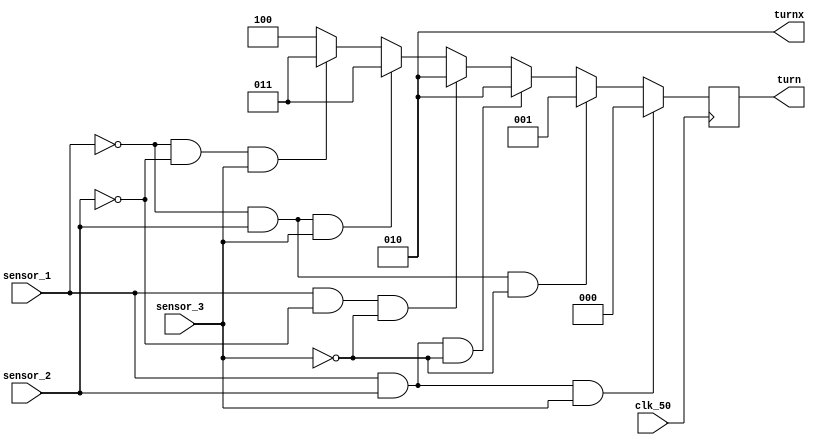
module SB_3320_line_run(
	 input clk_50,
    input sensor_1,
    input sensor_2,
    input sensor_3,
    output [2:0]turn,
	 output [2:0]turnx
);

reg [2:0]turn_out;
reg [2:0]stop		=3'b000;
reg [2:0]forward  =3'b001;
reg [2:0]left		=3'b010;
reg [2:0]right		=3'b011;
reg [2:0]path_out =3'b100;

always@(posedge clk_50)begin

    if(sensor_1 && sensor_2 && sensor_3)
			  turn_out= stop;
	 
    else if(!sensor_1 && sensor_2 && !sensor_3)
			  turn_out= forward;

    else if(sensor_1 && sensor_2 && !sensor_3)
			  turn_out= left;
	
	 else if(sensor_1 && !sensor_2 && !sensor_3)
			  turn_out= left;

    else if(!sensor_1 && sensor_2 && sensor_3)
			  turn_out=right;
			  
	 else if(!sensor_1 && !sensor_2 && sensor_3)
			  turn_out=right;
			  
	 else turn_out=path_out;
			  

end

assign turn=turn_out;
assign turnx=left;

endmodule